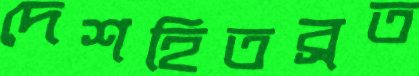
দেশহিতব্রত